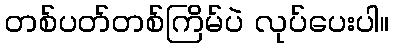
တစ်ပတ်တစ်ကြိမ်ပဲ လုပ်ပေးပါ။